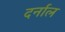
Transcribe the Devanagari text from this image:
दर्नाल